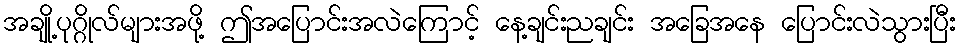
အချို့ပုဂ္ဂိုလ်များအဖို့ ဤအပြောင်းအလဲကြောင့် နေ့ချင်းညချင်း အခြေအနေ ပြောင်းလဲသွားပြီး